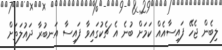
ލިބެން ޖެހޭ ފައިސާއެއް ކަމަށް ބުނެ އެ ޗެކުގައިވާ ފައިސާ އަނބުރާ ދައުލަތަށް